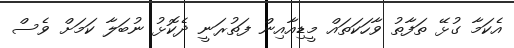
އެކަމާ ގުޅޭ ތަފާތު ވާހަކަތައް މީޑިއާއިން ފަތުރަނީ ދެކޮޅު ނުބަލާ ކަމަށް ވެސް